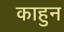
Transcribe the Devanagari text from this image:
काहुन